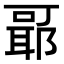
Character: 𬚞